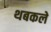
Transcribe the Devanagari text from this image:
थबकले